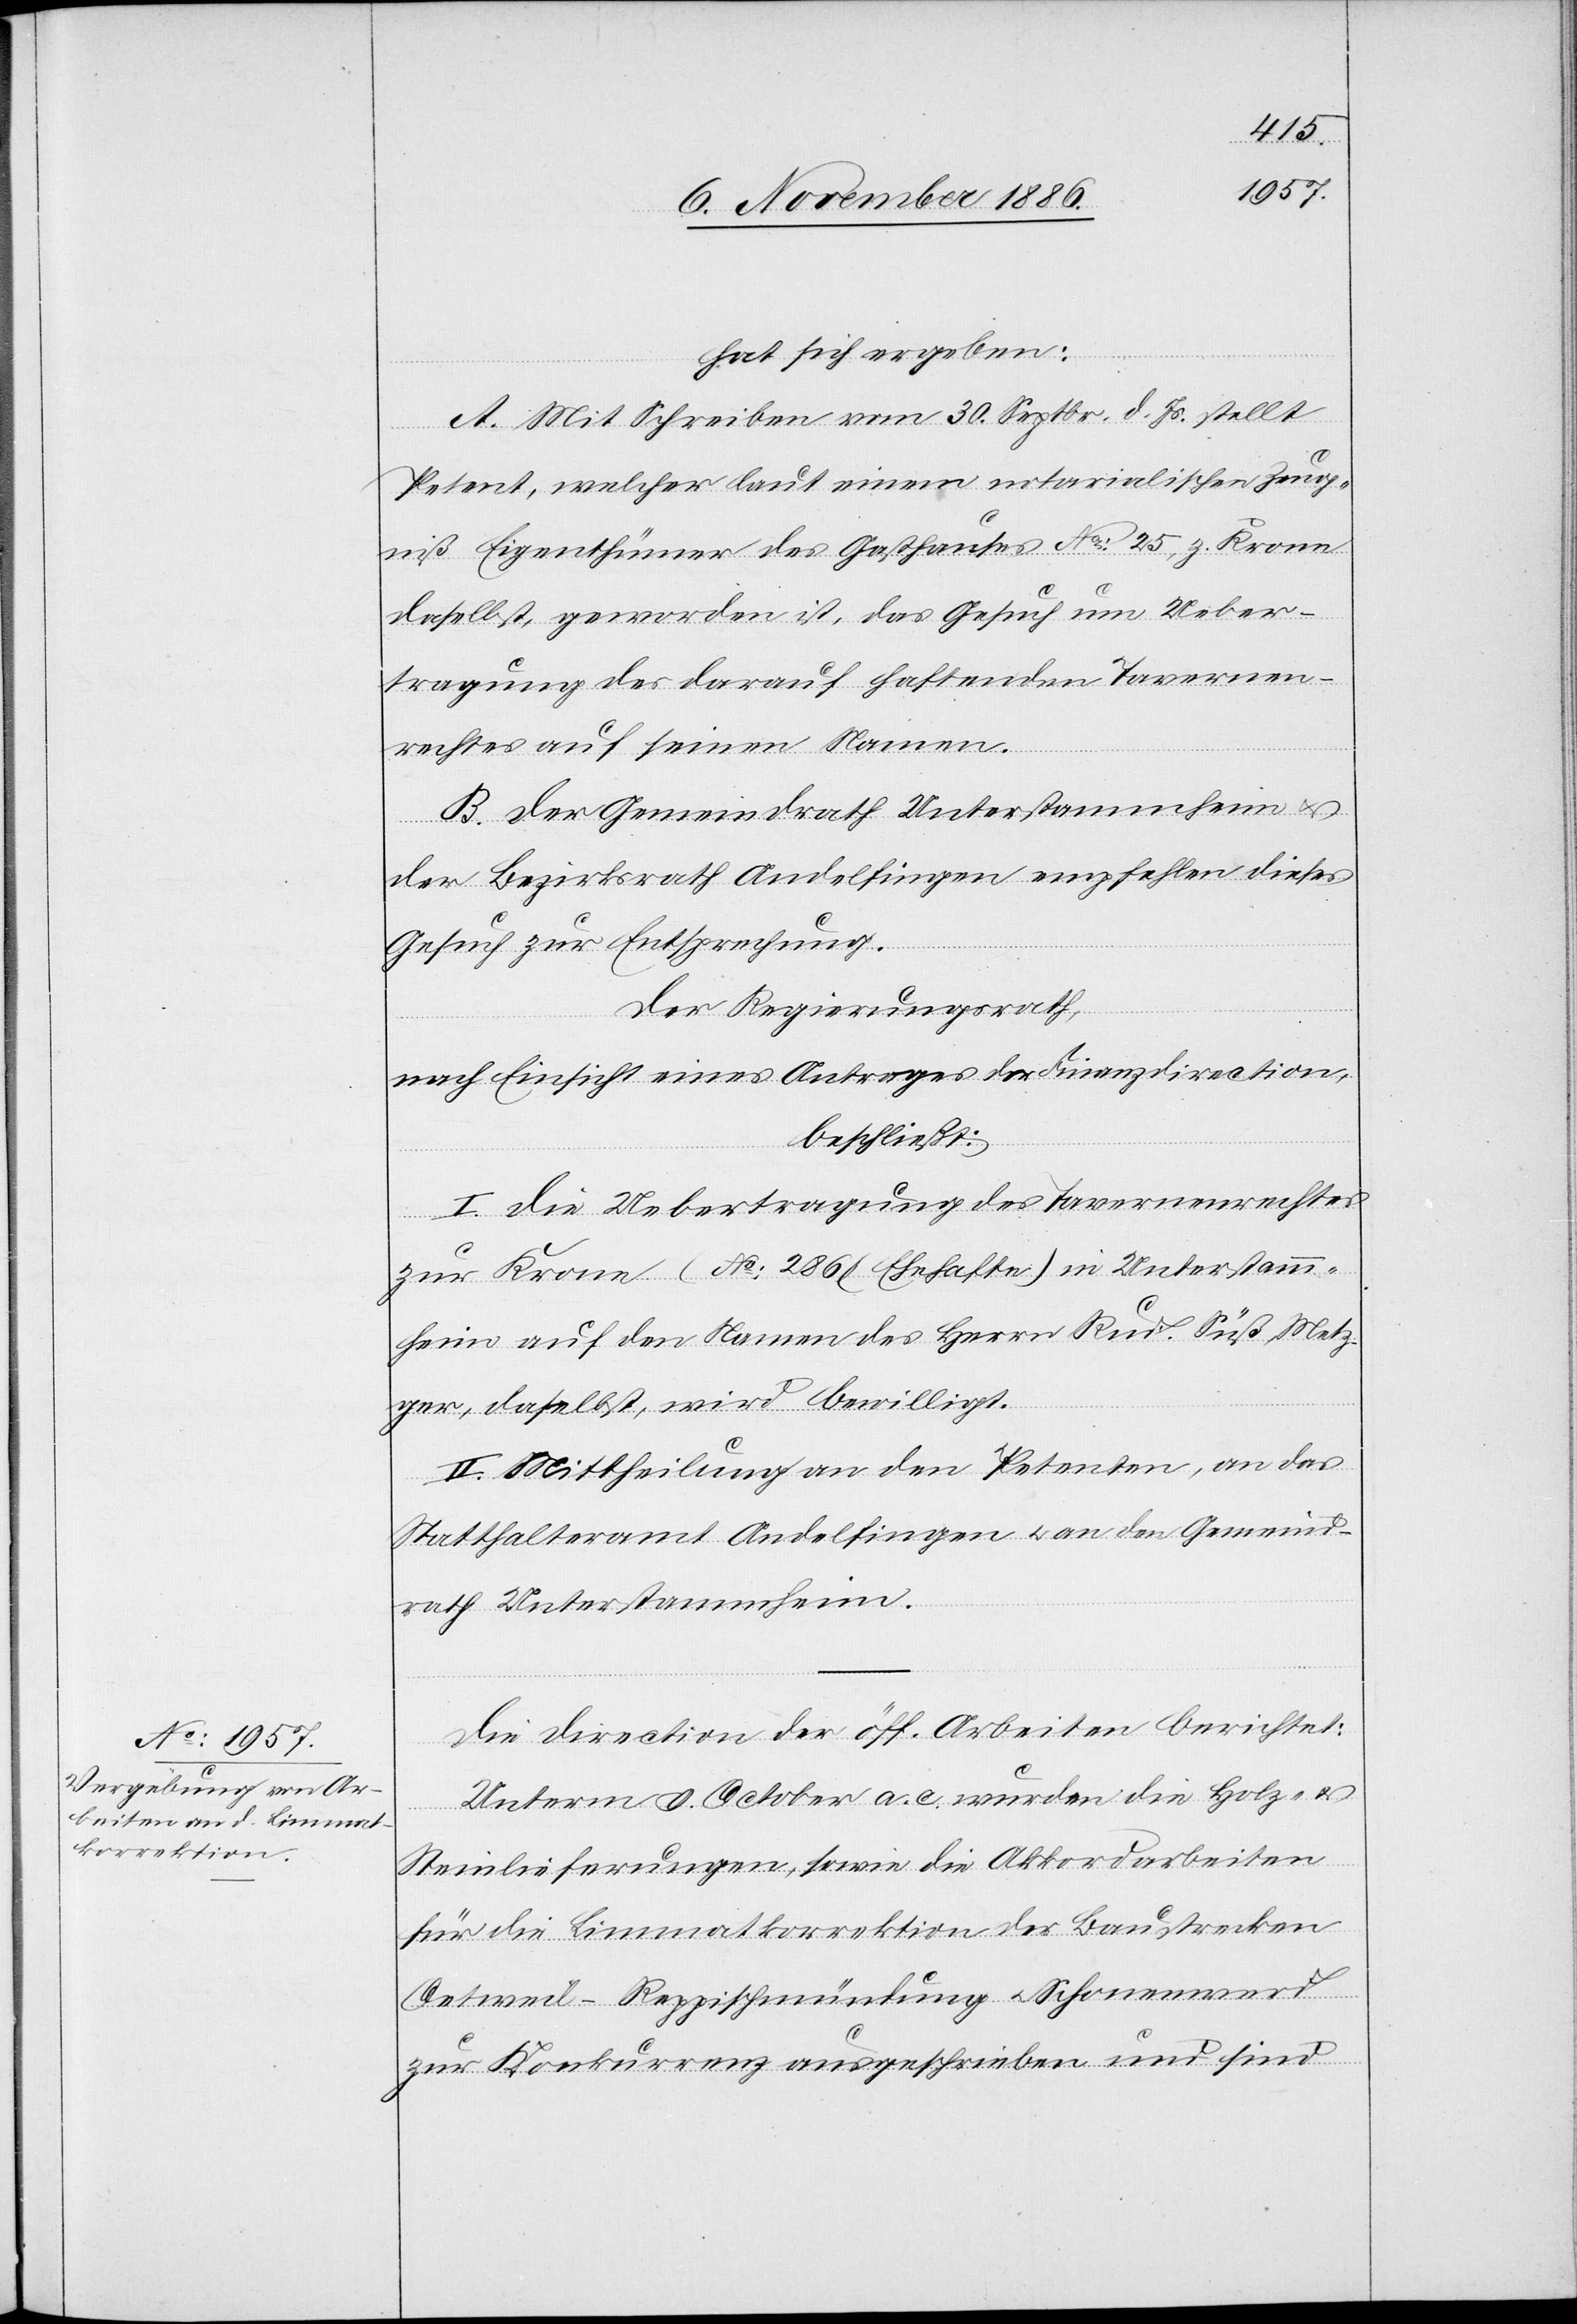
hat sich ergeben:
A. Mit Schreiben vom 30. Septbr. d. Js. stellt
Petent, welcher laut einem notarialischen Zeug¬
niß Eigenthümer des Gasthauses No: 25, z. Krone
daselbst, geworden ist, das Gesuch um Ueber¬
tragung des darauf haftenden Tavernen¬
rechtes auf seinen Namen.
B. Der Gemeindrath Unterstammheim &
der Bezirksrath Andelfingen empfehlen dieses
Gesuch zur Entsprechung.
Der Regierungsrath,
nach Einsicht eines Antrages der Finanzdirection,
beschließt:
I. Die Uebertragung des Tavernenrechtes
zur Krone (No: 286 Ehehafte) in Unterstamm¬
heim auf den Namen des Herrn Rud. Süß, Metz¬
ger, daselbst, wird bewilligt.
II. Mittheilung an den Petenten, an das
Statthalteramt Andelfingen & an den Gemeind¬
rath Unterstammheim.
Die Direction der öff. Arbeiten berichtet:
Unterm 9. October a. c. wurden die Holz- &
Steinlieferungen, sowie die Akkordarbeiten
für die Limmatkorrektion der Baustrecken
Oetweil–Reppischmündung & Schonenwerd
zur Konkurrenz ausgeschrieben und sind